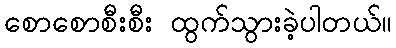
စောစောစီးစီး ထွက်သွားခဲ့ပါတယ်။